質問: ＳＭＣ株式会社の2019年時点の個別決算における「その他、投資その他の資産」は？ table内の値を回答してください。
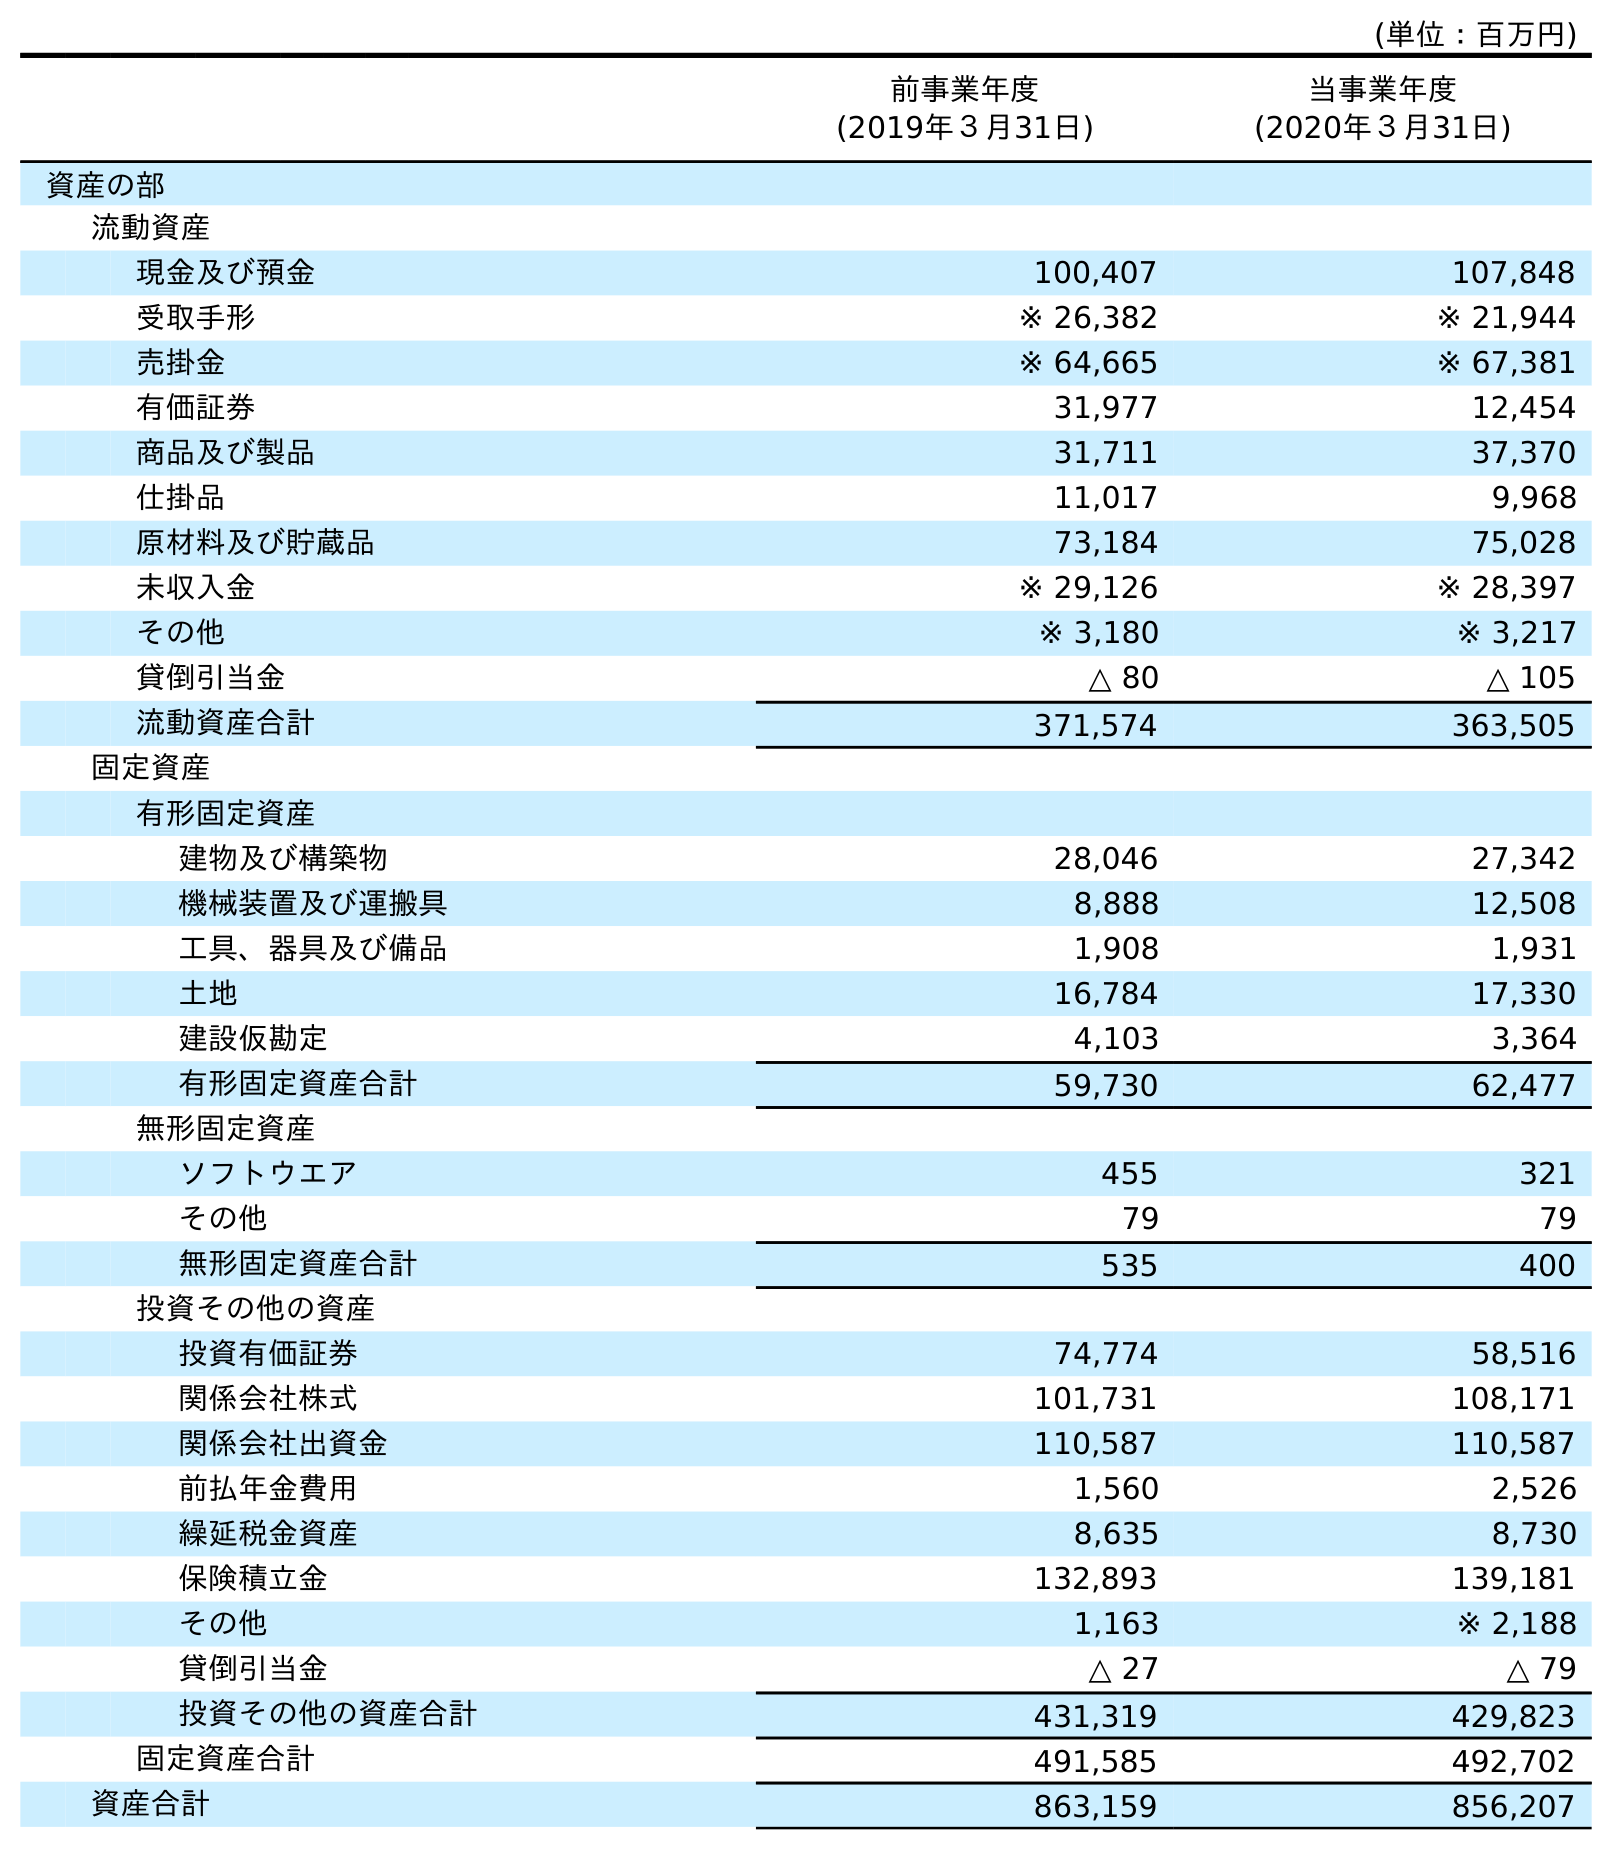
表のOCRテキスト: (単位：百万円) 前事業年度 (2019年３月31日) 当事業年度 (2020年３月31日) 資産の部 流動資産 現金及び預金 100,407 107,848 受取手形 ※ 26,382 ※ 21,944 売掛金 ※ 64,665 ※ 67,381 有価証券 31,977 12,454 商品及び製品 31,711 37,370 仕掛品 11,017 9,968 原材料及び貯蔵品 73,184 75,028 未収入金 ※ 29,126 ※ 28,397 その他 ※ 3,180 ※ 3,217 貸倒引当金 △ 80 △ 105 流動資産合計 371,574 363,505 固定資産 有形固定資産 建物及び構築物 28,046 27,342 機械装置及び運搬具 8,888 12,508 工具、器具及び備品 1,908 1,931 土地 16,784 17,330 建設仮勘定 4,103 3,364 有形固定資産合計 59,730 62,477 無形固定資産 ソフトウエア 455 321 その他 79 79 無形固定資産合計 535 400 投資その他の資産 投資有価証券 74,774 58,516 関係会社株式 101,731 108,171 関係会社出資金 110,587 110,587 前払年金費用 1,560 2,526 繰延税金資産 8,635 8,730 保険積立金 132,893 139,181 その他 1,163 ※ 2,188 貸倒引当金 △ 27 △ 79 投資その他の資産合計 431,319 429,823 固定資産合計 491,585 492,702 資産合計 863,159 856,207
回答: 1,163